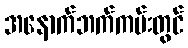
အနောက်ဘက်ကမ်းတွင်